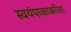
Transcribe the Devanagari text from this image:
स्वयंपाकाकरिता